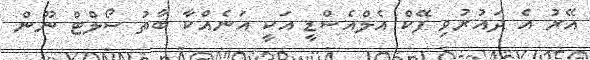
އޭރު އެ ދައުރުވި ފޭކް އެލްއެސްޑީ އަކީ އަނެއްކާ ބާތު ސޯލްޓް ނޫން